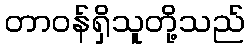
တာဝန်ရှိသူတို့သည်